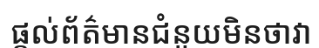
ផ្តល់ព័ត៌មានជំនួយមិនថាវា